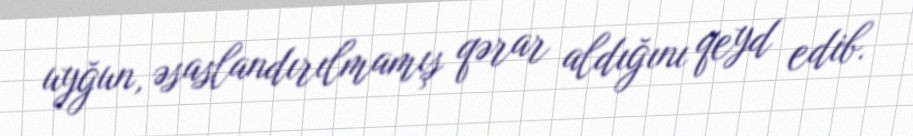
uyğun, əsaslandırılmamış qərar aldığını qeyd edib.